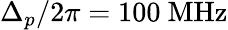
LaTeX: \Delta_{p}/2\pi=100~\mathrm{MHz}